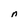
Character: n